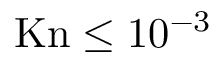
\mathrm { K n } \le 1 0 ^ { - 3 }